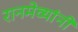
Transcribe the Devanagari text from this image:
रानमेव्यांनी